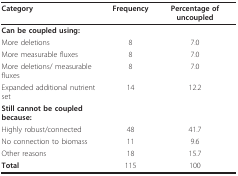
| Category | Frequency | Percentage of uncoupled |
 | --- | --- | --- |
 | Can be coupled using: |  |  |
 | More deletions | 8 | 7.0 |
 | More measurable fluxes | 8 | 7.0 |
 | More deletions/ measurable fluxes | 8 | 7.0 |
 | Expanded additional nutrient set | 14 | 12.2 |
 | Still cannot be coupled because: |  |  |
 | Highly robust/connected | 48 | 41.7 |
 | No connection to biomass | 11 | 9.6 |
 | Other reasons | 18 | 15.7 |
 | Total | 115 | 100 |